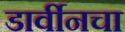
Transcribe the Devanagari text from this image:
डार्वीनचा